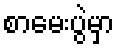
စာမေးပွဲမှာ